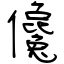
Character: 儳